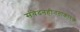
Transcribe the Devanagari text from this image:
संवेदनहीनताकारक